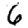
Digit: 6